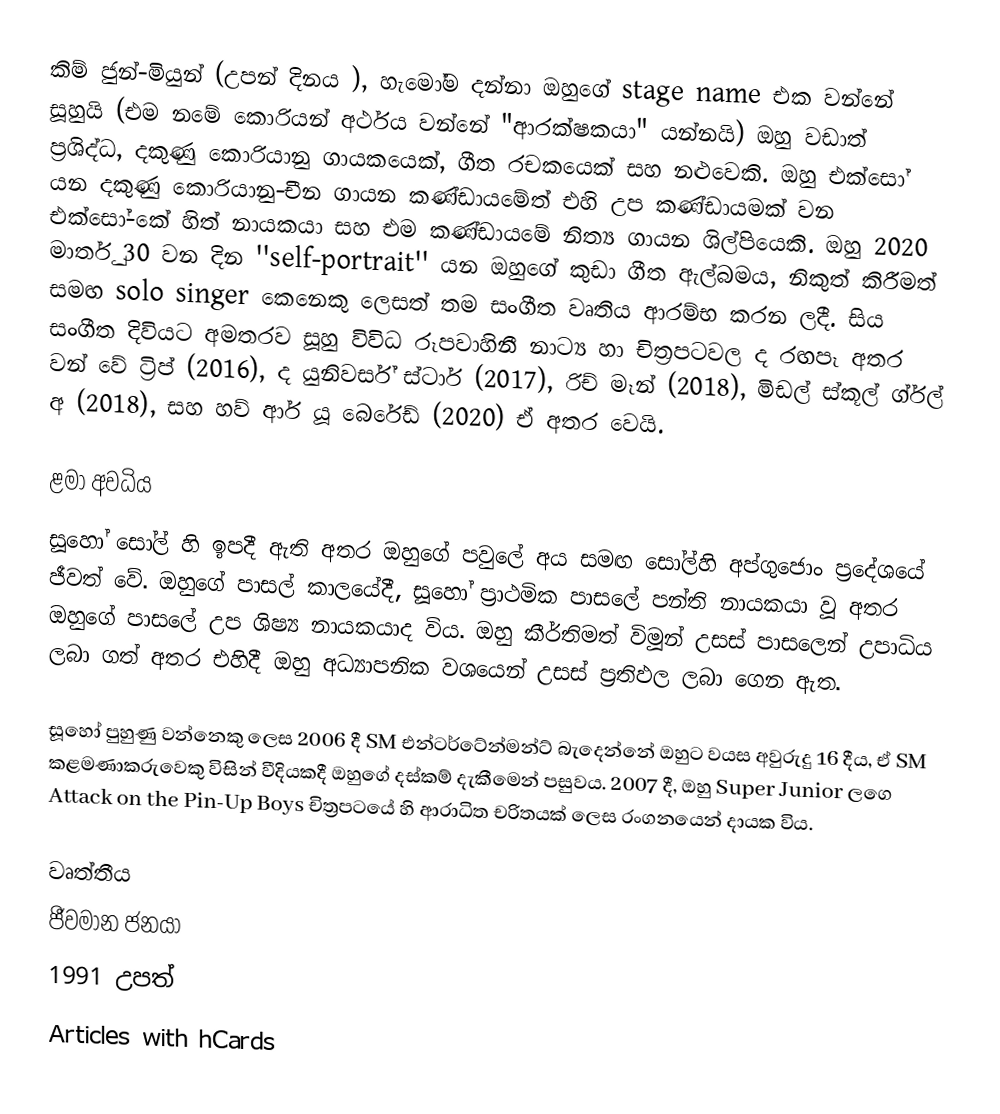
කිම් ජුන්-මියුන් (උපන් දිනය   ), හැමෝම දන්නා ඔහුගේ stage name එක වන්නේ සූහුයි (එම නමේ කොරියන් අර්ථය වන්නේ "ආරක්ෂකයා" යන්නයි) ඔහු වඩාත් ප්‍රශිද්ධ, දකුණු කොරියානු ගායකයෙක්, ගීත රචකයෙක් සහ නළුවෙකි. ඔහු එක්සෝ යන දකුණු කොරියානු-චීන ගායන කණ්ඩායමේත් එහි උප කණ්ඩායමක් වන එක්සෝ-කේ හිත් නායකයා සහ එම කණ්ඩායමේ නිත්‍ය ගායන ශිල්පියෙකි. ඔහු 2020 මාර්තු 30 වන දින ''self-portrait'' යන ඔහුගේ කුඩා ගීත ඇල්බමය, නිකුත් කිරීමත් සමඟ solo singer කෙනෙකු ලෙසත් තම සංගීත වෘතිය ආරම්භ කරන ලදී. සිය සංගීත දිවියට අමතරව සූහු විවිධ රූපවාහිනී නාට්‍ය හා චිත්‍රපටවල ද රඟපෑ අතර වන් වේ ට්‍රිප් (2016), ද යුනිවර්ස් ස්ටාර් (2017), රිච් මෑන් (2018), මිඩල් ස්කූල් ග්ර්ල් අ (2018), සහ හව් ආර් යූ බෙරේඩ් (2020) ඒ අතර වෙයි.

ළමා අවධිය
සූහෝ සෝල් හි ඉපදී ඇති අතර ඔහුගේ පවුලේ අය සමඟ සෝල්හි අප්ගුජොං ප්‍රදේශයේ ජීවත් වේ. ඔහුගේ පාසල් කාලයේදී, සූහෝ ප්‍රාථමික පාසලේ පන්ති නායකයා වූ අතර ඔහුගේ පාසලේ උප ශිෂ්‍ය නායකයාද විය. ඔහු කීර්තිමත් විමූන් උසස් පාසලෙන් උපාධිය ලබා ගත් අතර එහිදී ඔහු අධ්‍යාපනික වශයෙන් උසස් ප්‍රතිඵල ලබා ගෙන ඇත.

සූහෝ පුහුණු වන්නෙකු ලෙස 2006 දී SM එන්ටර්ටේන්මන්ට් බැදෙන්නේ ඔහුට වයස අවුරුදු 16 දීය, ඒ SM කළමණාකරුවෙකු විසින් වීදියකදී ඔහුගේ දස්කම් දැකීමෙන් පසුවය. 2007 දී, ඔහු Super Junior ලගෙ Attack on the Pin-Up Boys චිත්‍රපටයේ හි ආරාධිත චරිතයක් ලෙස රංගනයෙන් දායක විය.

වෘත්තීය
ජීවමාන ජනයා
1991 උපත්
Articles with hCards